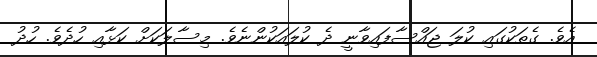
އެވެ. ގެތަކުގައި ކުލަ ޖައްސާފައިވާނީ ދެ ކުލައަކުންނެވެ. މިސާލަކަށް ކަޅާއި ހުދެވެ. ހުދު